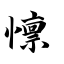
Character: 懔